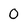
Character: 0